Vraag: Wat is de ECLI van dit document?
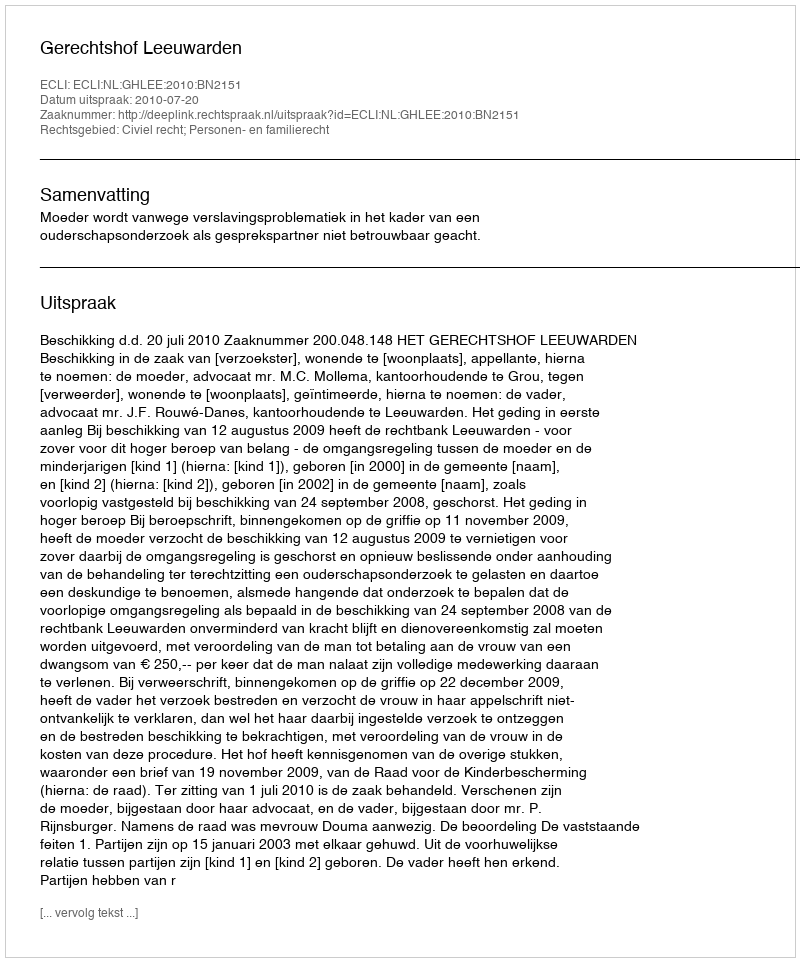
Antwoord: ECLI:NL:GHLEE:2010:BN2151